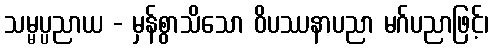
သမ္မပ္ပညာယ - မှန်စွာသိသော ဝိပဿနာပညာ မဂ်ပညာဖြင့်၊